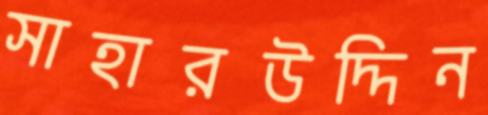
সাহারউদ্দিন